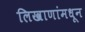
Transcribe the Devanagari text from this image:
लिखाणांमधून